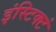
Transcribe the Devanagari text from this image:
इंस्टिक्टं